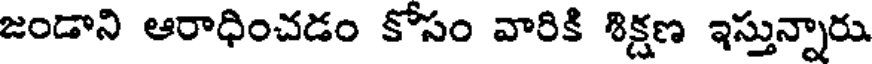
జండాని ఆరాధించడం కోసం వారికి శిక్షణ ఇస్తున్నారు.